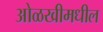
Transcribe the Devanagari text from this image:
ओळखीमधील